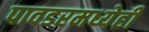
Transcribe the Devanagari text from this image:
पावडरमध्येही